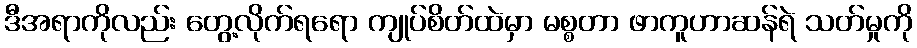
ဒီအရာကိုလည်း တွေ့လိုက်ရရော ကျုပ်စိတ်ထဲမှာ မစ္စတာ ဖာကူဟာဆန်ရဲ သတ်မှုကို